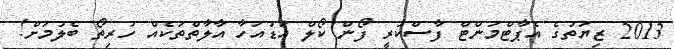
2013 ޒިޔަތުގެ އެޕާޓްމަންޓް ފާސްކުރީ ފޯން ކޯލް އަޑުއަހާ އާލާތްތަކެއް ހުރިތޯ ބެލުމަށް!